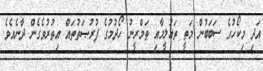
އަދި މިކޯހުގެ ސަބަބުން މަތީ ތަޢުލީމާއި ތަމްރީނު ހޯދުމުގެ ފުރުޞަތުތައް އިތުރުވެގެން ދާނެއެވެ.